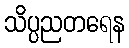
သိပ္ပညတရေန